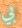
بي